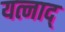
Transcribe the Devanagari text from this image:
यत्नाद्